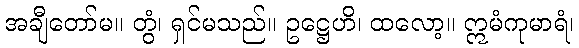
အချီတော်မ။ တွံ၊ ရှင်မသည်။ ဥဋ္ဌေဟိ၊ ထလော့။ ဣမံကုမာရံ၊